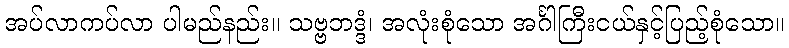
အပ်လာကပ်လာ ပါမည်နည်း။ သဗ္ဗဘဒ္ဒံ၊ အလုံးစုံသော အင်္ဂါကြီးငယ်နှင့်ပြည့်စုံသော။